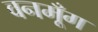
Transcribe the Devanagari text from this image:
वनमूँग